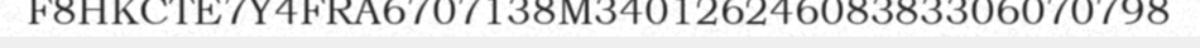
F8HKCTE7Y4FRA6707138M34012624608383306070798